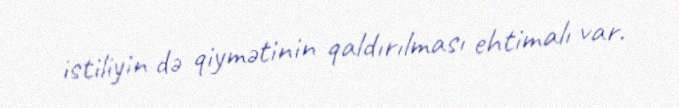
istiliyin də qiymətinin qaldırılması ehtimalı var.